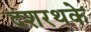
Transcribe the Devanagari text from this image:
दशरथके